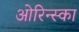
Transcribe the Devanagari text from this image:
ओरिन्स्का